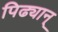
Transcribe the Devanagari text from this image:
पिढ्यान्‌